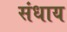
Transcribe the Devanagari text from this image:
संधाय